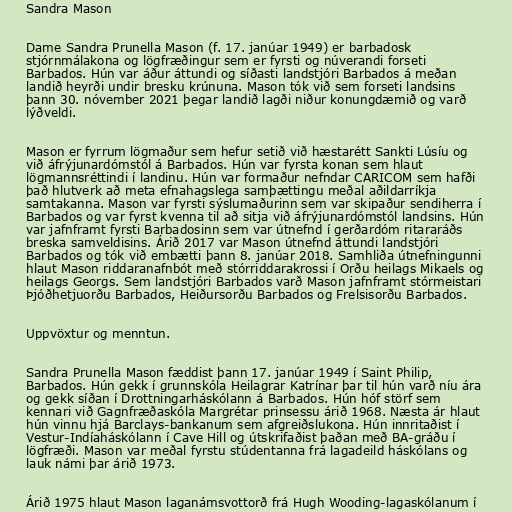
Sandra Mason

Dame Sandra Prunella Mason (f. 17. janúar 1949) er barbadosk
stjórnmálakona og lögfræðingur sem er fyrsti og núverandi forseti
Barbados. Hún var áður áttundi og síðasti landstjóri Barbados á meðan
landið heyrði undir bresku krúnuna. Mason tók við sem forseti landsins
þann 30. nóvember 2021 þegar landið lagði niður konungdæmið og varð
lýðveldi.

Mason er fyrrum lögmaður sem hefur setið við hæstarétt Sankti Lúsíu og
við áfrýjunardómstól á Barbados. Hún var fyrsta konan sem hlaut
lögmannsréttindi í landinu. Hún var formaður nefndar CARICOM sem hafði
það hlutverk að meta efnahagslega samþættingu meðal aðildarríkja
samtakanna. Mason var fyrsti sýslumaðurinn sem var skipaður sendiherra í
Barbados og var fyrst kvenna til að sitja við áfrýjunardómstól landsins. Hún
var jafnframt fyrsti Barbadosinn sem var útnefnd í gerðardóm ritararáðs
breska samveldisins. Árið 2017 var Mason útnefnd áttundi landstjóri
Barbados og tók við embætti þann 8. janúar 2018. Samhliða útnefningunni
hlaut Mason riddaranafnbót með stórriddarakrossi í Orðu heilags Mikaels og
heilags Georgs. Sem landstjóri Barbados varð Mason jafnframt stórmeistari
Þjóðhetjuorðu Barbados, Heiðursorðu Barbados og Frelsisorðu Barbados.

Uppvöxtur og menntun.

Sandra Prunella Mason fæddist þann 17. janúar 1949 í Saint Philip,
Barbados. Hún gekk í grunnskóla Heilagrar Katrínar þar til hún varð níu ára
og gekk síðan í Drottningarháskólann á Barbados. Hún hóf störf sem
kennari við Gagnfræðaskóla Margrétar prinsessu árið 1968. Næsta ár hlaut
hún vinnu hjá Barclays-bankanum sem afgreiðslukona. Hún innritaðist í
Vestur-Indíaháskólann í Cave Hill og útskrifaðist þaðan með BA-gráðu í
lögfræði. Mason var meðal fyrstu stúdentanna frá lagadeild háskólans og
lauk námi þar árið 1973.

Árið 1975 hlaut Mason laganámsvottorð frá Hugh Wooding-lagaskólanum í